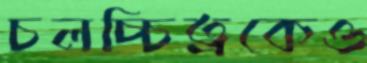
চলচ্চিত্রকেও